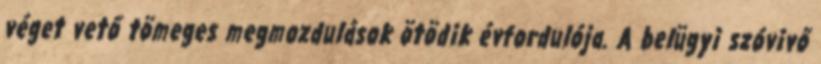
véget vető tömeges megmozdulások ötödik évfordulója. A belügyi szóvivő